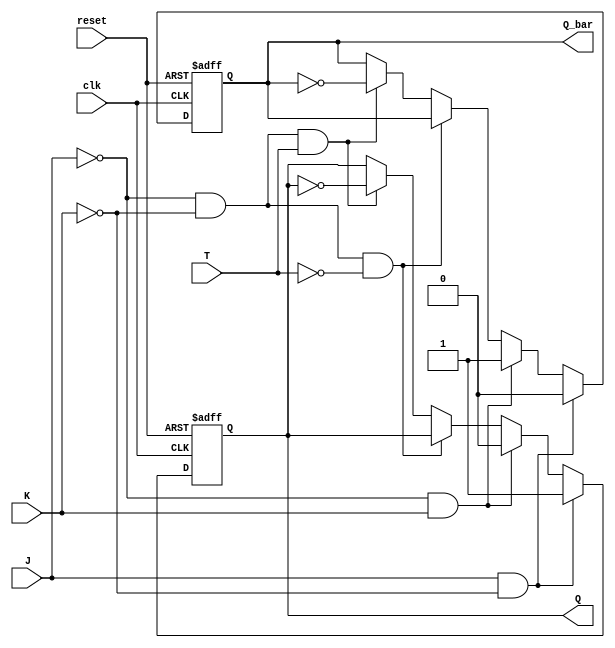
module t_flip_flop (
    input wire clk,
    input wire reset,
    input wire J,
    input wire K,
    input wire T,
    output reg Q,
    output reg Q_bar
);

always @(posedge clk or posedge reset) begin
    if (reset) begin
        Q <= 0;
        Q_bar <= 1;
    end else begin
        if (J & ~K) begin
            Q <= 1;
            Q_bar <= 0;
        end else if (~J & K) begin
            Q <= 0;
            Q_bar <= 1;
        end else if (~J & ~K & ~T) begin
            // Q remains unchanged
        end else if (~J & ~K & T) begin
            Q <= ~Q;
            Q_bar <= ~Q_bar;
        end
    end
end

endmodule